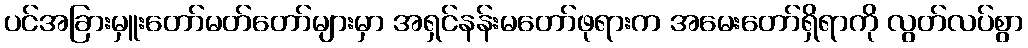
ပင်အခြားမှူးတော်မတ်တော်များမှာ အရှင်နန်းမတော်ဖုရားက အမေးတော်ရှိရာကို လွတ်လပ်စွာ